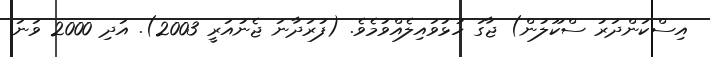
އިސްކަންދަރު ސްކޫލުން) ޖާގަ ހުޅުވައިލެއްވުމެވެ. (ފުރަދާނަ ޖެނުއަރީ 2003). އަދި 2000 ވަނަ